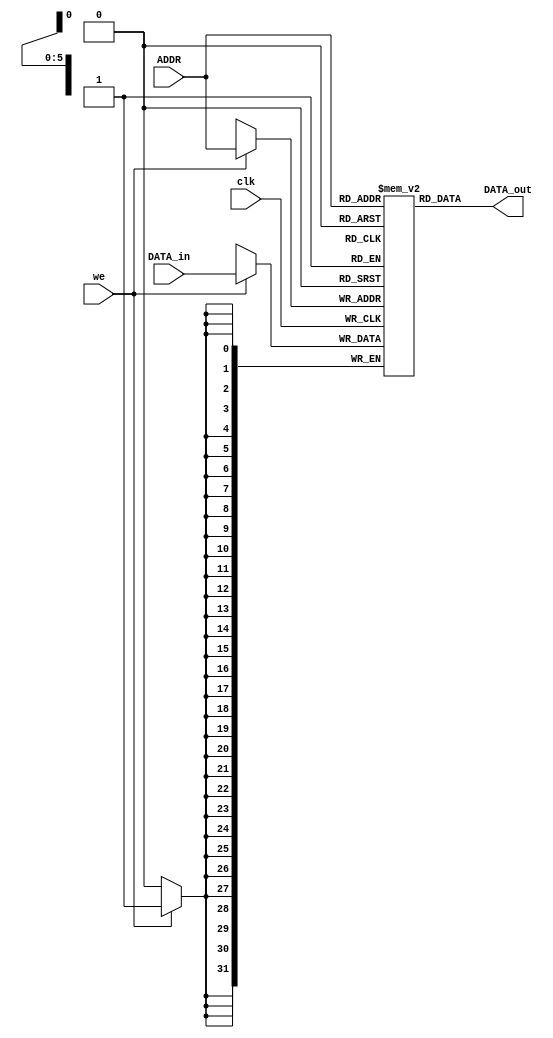
module RAM_mem
#(
    parameter WORD = 32, DEPTH = 64
)(
    input [$clog2(DEPTH)-1:0] ADDR,
    input [WORD-1:0] DATA_in,
    input clk, we,
    output [WORD-1:0] DATA_out
);

reg [WORD-1:0] ram [DEPTH-1:0];

always @(posedge clk) begin
    if (we) ram[ADDR] <= DATA_in;
end

assign DATA_out = ram[ADDR];

endmodule